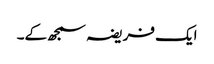
ایک فریضہ سمجھ کے۔